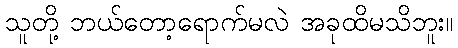
သူတို့ ဘယ်တော့ရောက်မလဲ အခုထိမသိဘူး။